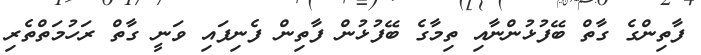
ފާތިންގެ ގާތް ބޭފުޅުންނާއި ތިމާގެ ބޭފުޅުން ފާތިން ފެނިފައި ވަނީ ގާތް ރަހުމަތްތެރި